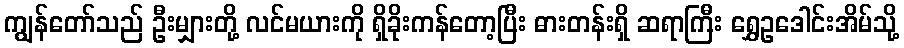
ကျွန်တော်သည် ဦးမျှားတို့ လင်မယားကို ရှိခိုးကန်တော့ပြီး ဓားတန်းရှိ ဆရာကြီး ရွှေဥဒေါင်းအိမ်သို့